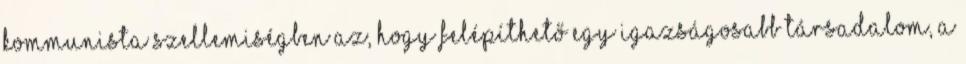
kommunista szellemiségben az, hogy felépíthető egy igazságosabb társadalom, a